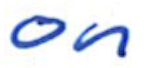
Text: on
Cross-out: clean
Writing tool: ballpoint